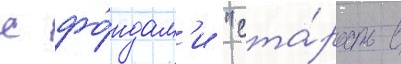
с фо́ндам'и "ста́рость в